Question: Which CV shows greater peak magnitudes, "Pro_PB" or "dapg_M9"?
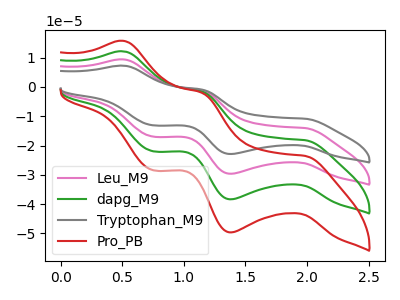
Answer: <think>The pink curve "Leu_M9" has anodic peaks at (0.50V, 24.30uA) (1.15V, -3.10uA) and cathodic peaks at (2.00V, -36.35uA) (1.40V, -76.70uA) (0.75V, -43.95uA). The green curve "dapg_M9" has anodic peaks at (0.50V, 12.15uA) (1.15V, -1.55uA) and cathodic peaks at (2.00V, -18.20uA) (1.40V, -38.35uA) (0.75V, -22.00uA). The gray curve "Tryptophan_M9" has anodic peaks at (0.50V, 36.45uA) (1.15V, -4.65uA) and cathodic peaks at (2.00V, -54.55uA) (1.40V, -115.05uA) (0.75V, -65.95uA). The red curve "Pro_PB" has anodic peaks at (0.50V, 15.70uA) (1.15V, -2.00uA) and cathodic peaks at (2.00V, -23.55uA) (1.40V, -49.65uA) (0.75V, -28.45uA).</think>
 <answer>The peaks in "Pro_PB" are neither all higher or all lower than the peaks in "dapg_M9".</answer>
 <eval>mixed</eval>